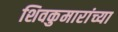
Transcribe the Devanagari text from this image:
शिवकुमारांच्या